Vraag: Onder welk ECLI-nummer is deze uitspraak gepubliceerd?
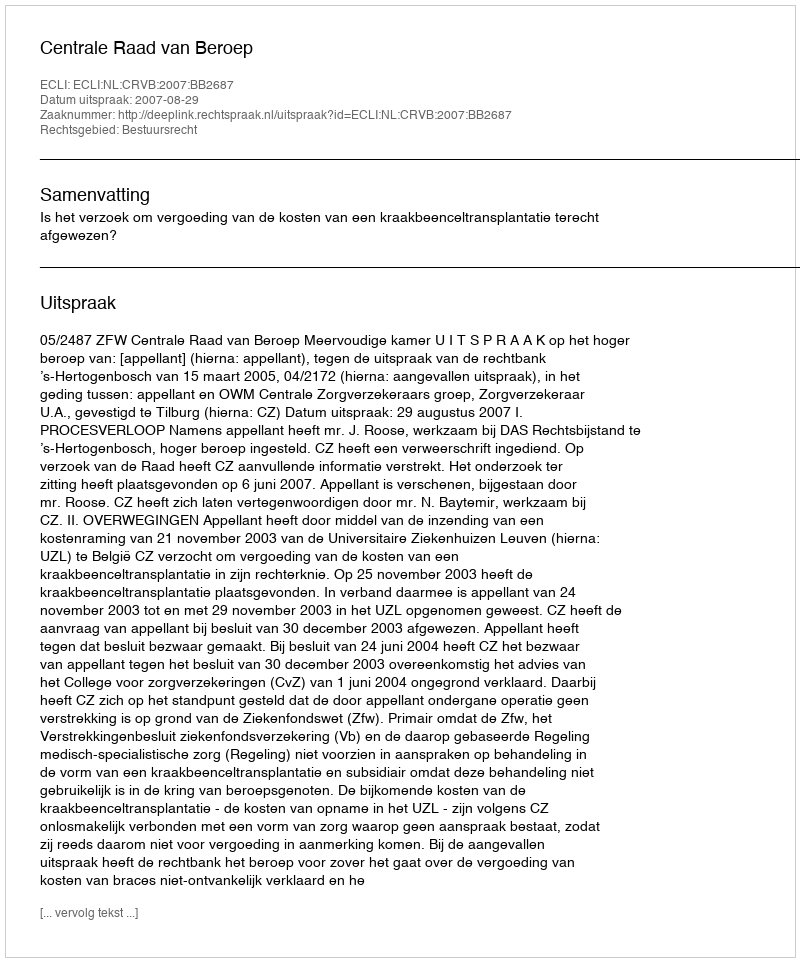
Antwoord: ECLI:NL:CRVB:2007:BB2687